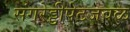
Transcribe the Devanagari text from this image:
संगरेड्डीपेटजवळ